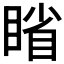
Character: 𪾱